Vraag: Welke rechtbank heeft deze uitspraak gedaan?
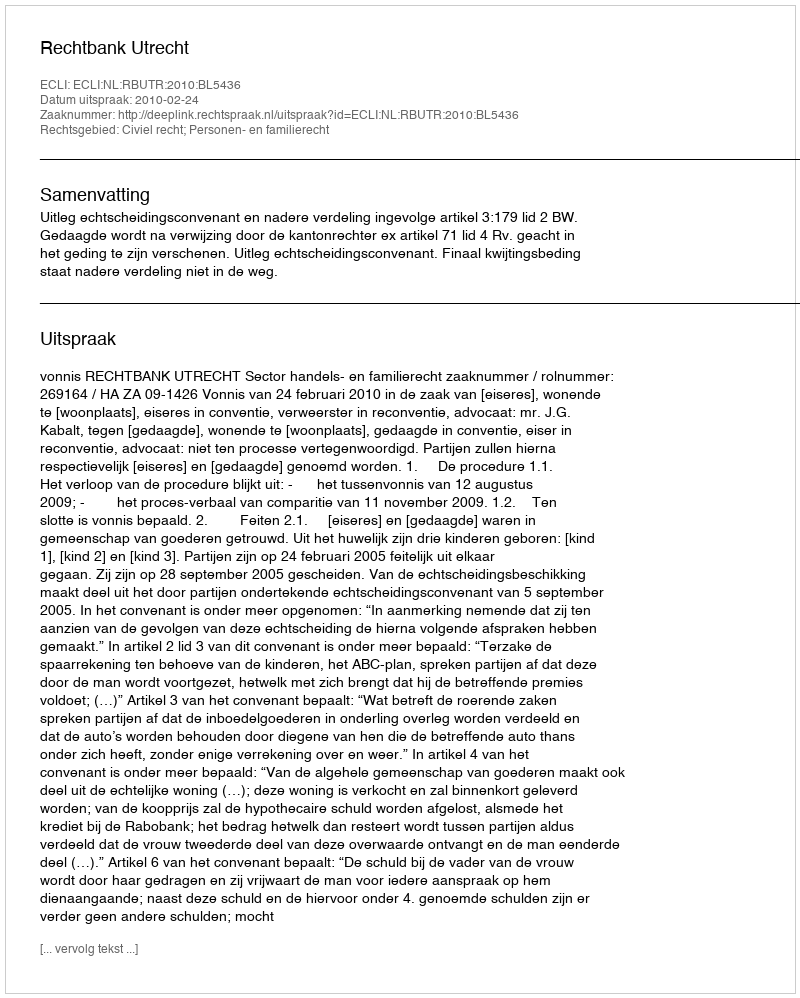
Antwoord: Rechtbank Utrecht